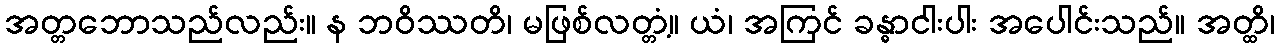
အတ္တဘောသည်လည်း။ န ဘဝိဿတိ၊ မဖြစ်လတ္တံ့။ ယံ၊ အကြင် ခန္ဓာငါးပါး အပေါင်းသည်။ အတ္ထိ၊